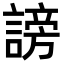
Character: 謗